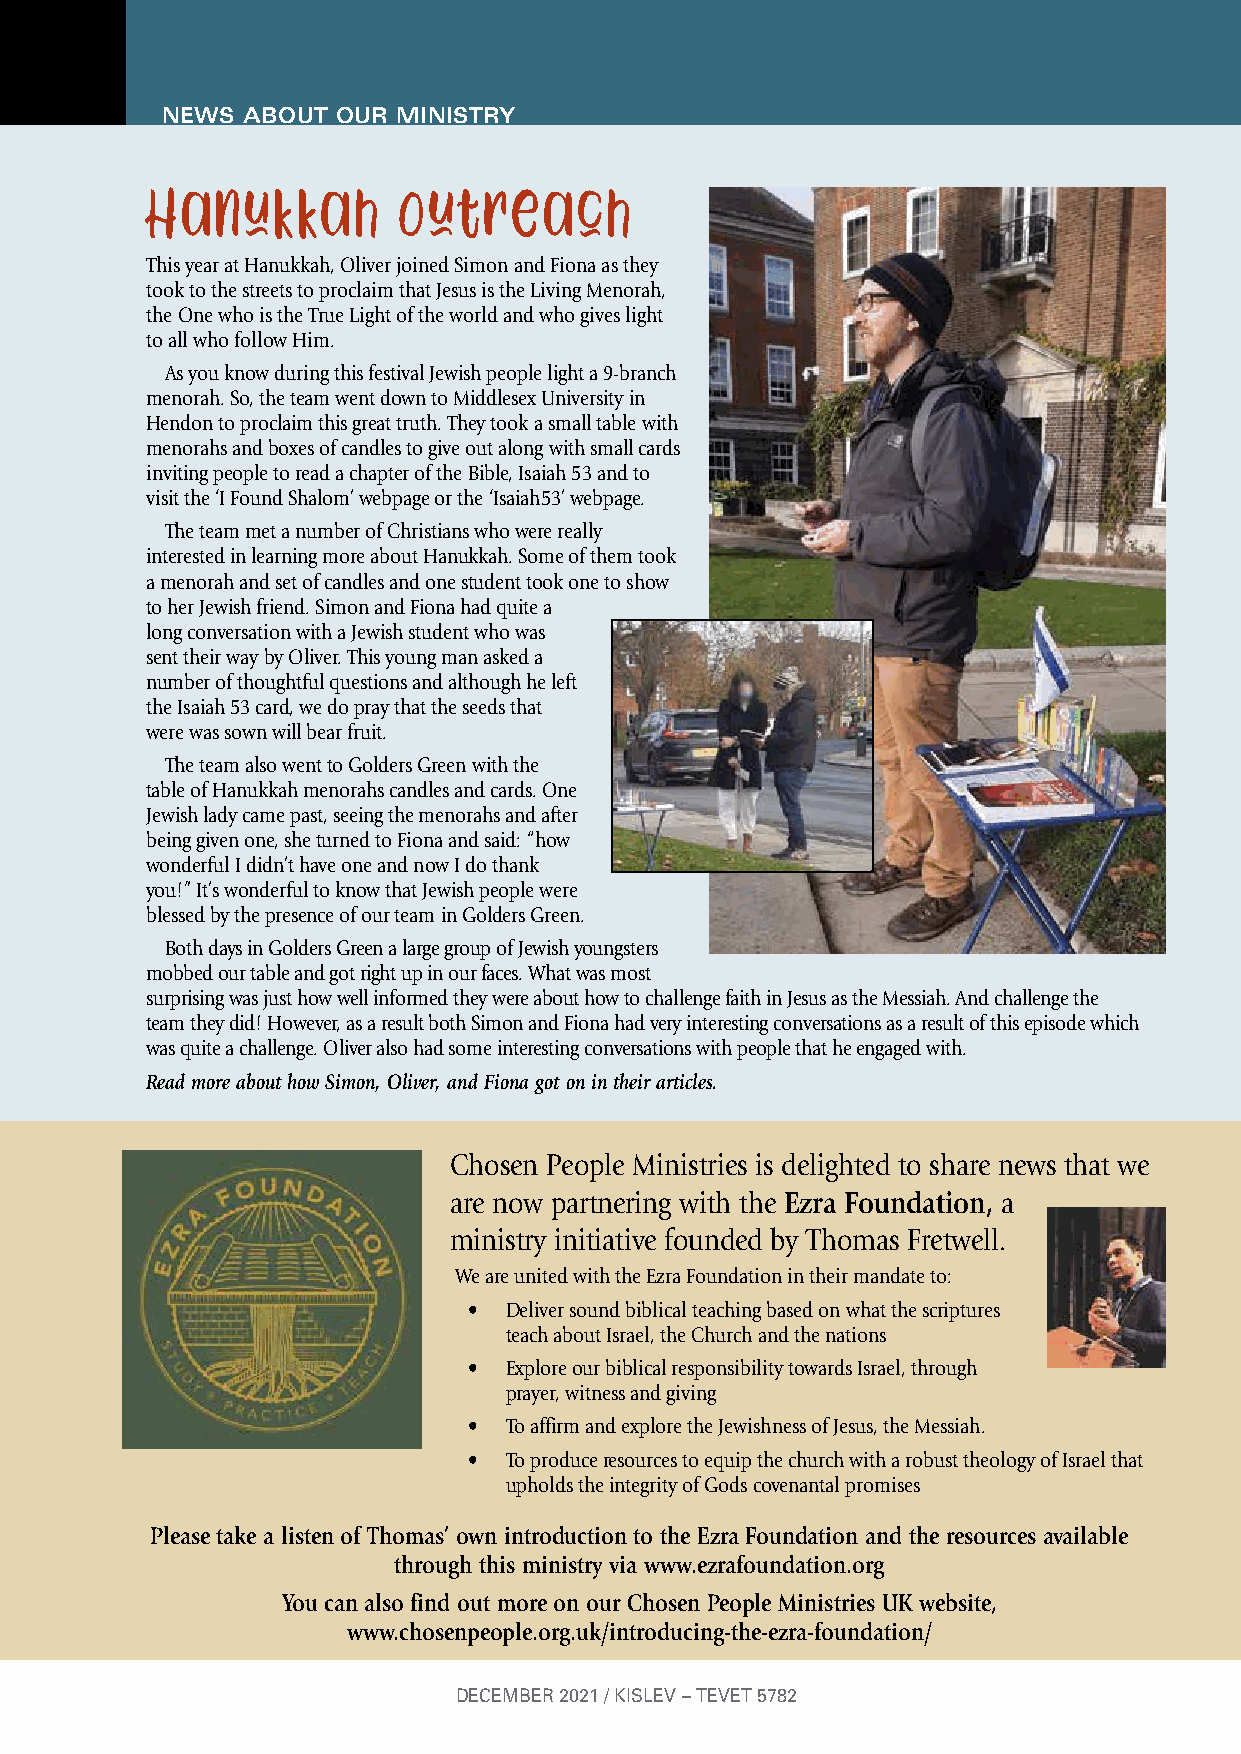
NNEEWWSS ABRBIOEUFST OUR MINISTRY
 Hanukkah        Outreach
 This year at Hanukkah, Oliver joined Simon and Fiona as they
 took to the streets to proclaim that Jesus is the Living Menorah,
 the One who is the True Light of the world and who gives light
 to all who follow Him.
 As you know during this festival Jewish people light a 9-branch
 menorah. So, the team went down to Middlesex University in
 Hendon to proclaim this great truth. They took a small table with
 menorahs and boxes of candles to give out along with small cards
 inviting people to read a chapter of the Bible, Isaiah 53 and to
 visit the ‘I Found Shalom’ webpage or the ‘Isaiah53’ webpage.
 The team met a number of Christians who were really
 interested in learning more about Hanukkah. Some of them took
 a menorah and set of candles and one student took one to show
 to her Jewish friend. Simon and Fiona had quite a
 long conversation with a Jewish student who was
 sent their way by Oliver. This young man asked a
 number of thoughtful questions and although he left
 the Isaiah 53 card, we do pray that the seeds that
 were was sown will bear fruit.
 The team also went to Golders Green with the
 table of Hanukkah menorahs candles and cards. One
 Jewish lady came past, seeing the menorahs and after
 being given one, she turned to Fiona and said: “how
 wonderful I didn’t have one and now I do thank
 you!” It’s wonderful to know that Jewish people were
 blessed by the presence of our team in Golders Green.
 Both days in Golders Green a large group of Jewish youngsters
 mobbed our table and got right up in our faces. What was most
 surprising was just how well informed they were about how to challenge faith in Jesus as the Messiah. And challenge the
 team they did! However, as a result both Simon and Fiona had very interesting conversations as a result of this episode which
 was quite a challenge. Oliver also had some interesting conversations with people that he engaged with.
 Read more about how Simon, Oliver, and Fiona got on in their articles.
 Chosen People Ministries is delighted to share news that we
 are now partnering with the Ezra Foundation, a
 ministry initiative founded by Thomas Fretwell.
 We are united with the Ezra Foundation in their mandate to:
 • Deliver sound biblical teaching based on what the scriptures
 teach about Israel, the Church and the nations
 • Explore our biblical responsibility towards Israel, through
 prayer, witness and giving
 • To affirm and explore the Jewishness of Jesus, the Messiah.
 • To produce resources to equip the church with a robust theology of Israel that
 upholds the integrity of Gods covenantal promises
 Please take a listen of Thomas’ own introduction to the Ezra Foundation and the resources available
 through this ministry via www.ezrafoundation.org
 You can also find out more on our Chosen People Ministries UK website,
 www.chosenpeople.org.uk/introducing-the-ezra-foundation/
 DECEMBER 2021 / KISLEV – TEVET 5782